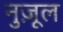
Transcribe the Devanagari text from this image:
नुज़ूल